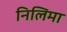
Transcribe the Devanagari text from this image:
निलिमा